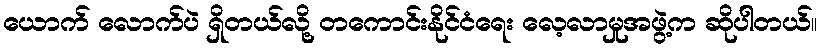
ယောက် လောက်ပဲ ရှိတယ်လို့ တကောင်းနိုင်ငံရေး လေ့လာမှုအဖွဲ့က ဆိုပါတယ်။